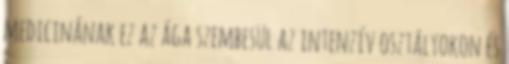
medicinának ez az ága szembesül az intenzív osztályokon és